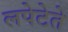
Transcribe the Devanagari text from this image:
लपेटेते